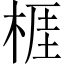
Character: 𣔦